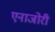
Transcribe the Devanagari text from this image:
एनाजोरी